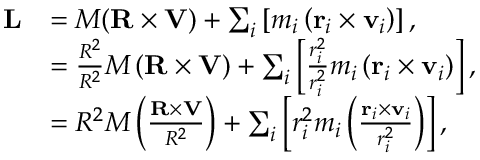
{ \begin{array} { r l } { \mathbf { L } } & { = M ( \mathbf { R } \times \mathbf { V } ) + \sum _ { i } \left[ m _ { i } \left( \mathbf { r } _ { i } \times \mathbf { v } _ { i } \right) \right] , } \\ & { = { \frac { R ^ { 2 } } { R ^ { 2 } } } M \left( \mathbf { R } \times \mathbf { V } \right) + \sum _ { i } \left[ { \frac { r _ { i } ^ { 2 } } { r _ { i } ^ { 2 } } } m _ { i } \left( \mathbf { r } _ { i } \times \mathbf { v } _ { i } \right) \right] , } \\ & { = R ^ { 2 } M \left( { \frac { \mathbf { R } \times \mathbf { V } } { R ^ { 2 } } } \right) + \sum _ { i } \left[ r _ { i } ^ { 2 } m _ { i } \left( { \frac { \mathbf { r } _ { i } \times \mathbf { v } _ { i } } { r _ { i } ^ { 2 } } } \right) \right] , } \end{array} }